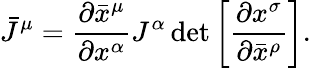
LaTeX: {\bar{J}}^{\mu}={\frac{\partial{\bar{x}}^{\mu}}{\partial x^{\alpha}}}J^{\alpha}\operatorname*{det}\left[{\frac{\partial x^{\sigma}}{\partial{\bar{x}}^{\rho}}}\right].